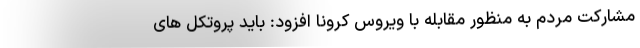
مشارکت مردم به منظور مقابله با ویروس کرونا افزود: باید پروتکل های